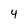
Character: 4